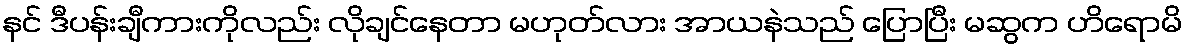
နင် ဒီပန်းချီကားကိုလည်း လိုချင်နေတာ မဟုတ်လား အာယနဲသည် ပြောပြီး မဆွက ဟိရောမိ